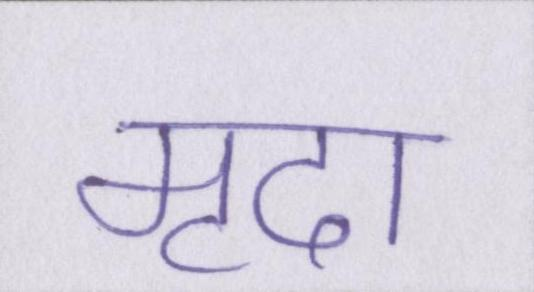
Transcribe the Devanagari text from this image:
मृदा